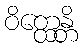
ဝိတ္ထေန္တိ